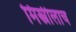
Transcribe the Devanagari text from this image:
मिस्त्रीलाच